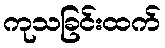
ကုသခြင်းထက်